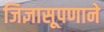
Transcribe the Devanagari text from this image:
जिज्ञासूपणाने